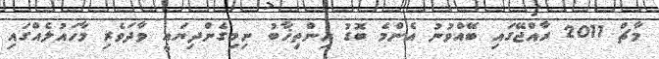
މާޗް 2011 ރާއްޖޭގައި ބޭއްވުނު އެންމެ ބޮޑު އިންތިޚާބު ނިމިގެންދިޔައީ ވާދަވެރި މާހައުލެއްގައި